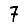
Digit: 7